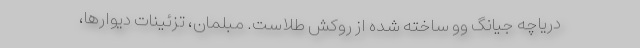
دریاچه جیانگ وو ساخته شده از روکش طلاست. مبلمان، تزئینات دیوارها،